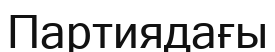
Партиядағы